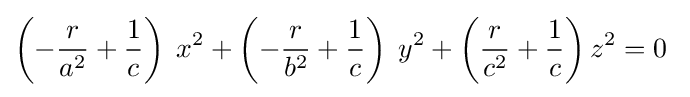
\left(-{\frac {r}{a^{2}}}+{\frac {1}{c}}\right)\;x^{2}+\left(-{\frac {r}{b^{2}}}+{\frac {1}{c}}\right)\;y^{2}+\left({\frac {r}{c^{2}}}+{\frac {1}{c}}\right)z^{2}=0\